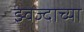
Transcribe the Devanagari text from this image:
झ्वेज्दाच्या